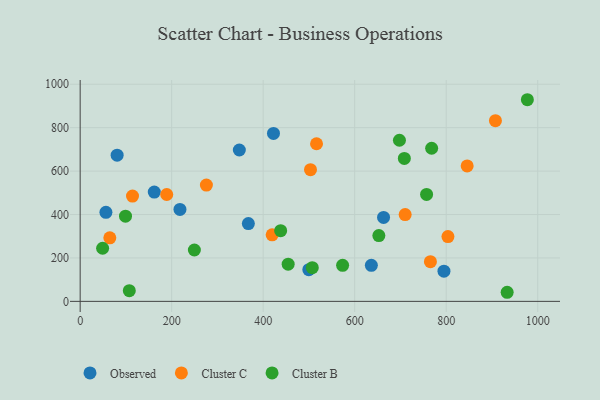
{"axis": {"x": "Speed", "y": "Profit"}, "legend": ["Cluster B", "Cluster C", "Observed"], "data": [{"x": "795.1", "y": 139.0, "type": "Observed"}, {"x": "499.7", "y": 145.8, "type": "Observed"}, {"x": "347.9", "y": 697.1, "type": "Observed"}, {"x": "56.3", "y": 410.1, "type": "Observed"}, {"x": "422.5", "y": 773.7, "type": "Observed"}, {"x": "367.6", "y": 358.2, "type": "Observed"}, {"x": "636.4", "y": 166.0, "type": "Observed"}, {"x": "218.1", "y": 423.6, "type": "Observed"}, {"x": "80.8", "y": 673.5, "type": "Observed"}, {"x": "663.1", "y": 386.8, "type": "Observed"}, {"x": "162.0", "y": 503.5, "type": "Observed"}, {"x": "845.8", "y": 624.0, "type": "Cluster C"}, {"x": "189.2", "y": 492.3, "type": "Cluster C"}, {"x": "419.6", "y": 306.7, "type": "Cluster C"}, {"x": "275.9", "y": 535.8, "type": "Cluster C"}, {"x": "114.4", "y": 484.9, "type": "Cluster C"}, {"x": "710.3", "y": 399.6, "type": "Cluster C"}, {"x": "64.8", "y": 292.9, "type": "Cluster C"}, {"x": "516.6", "y": 726.0, "type": "Cluster C"}, {"x": "503.4", "y": 606.4, "type": "Cluster C"}, {"x": "765.5", "y": 182.8, "type": "Cluster C"}, {"x": "907.6", "y": 832.4, "type": "Cluster C"}, {"x": "803.8", "y": 298.4, "type": "Cluster C"}, {"x": "249.6", "y": 236.6, "type": "Cluster B"}, {"x": "708.5", "y": 658.2, "type": "Cluster B"}, {"x": "107.4", "y": 49.4, "type": "Cluster B"}, {"x": "977.4", "y": 928.7, "type": "Cluster B"}, {"x": "652.8", "y": 302.9, "type": "Cluster B"}, {"x": "573.6", "y": 166.1, "type": "Cluster B"}, {"x": "454.6", "y": 171.1, "type": "Cluster B"}, {"x": "99.1", "y": 392.3, "type": "Cluster B"}, {"x": "697.8", "y": 742.0, "type": "Cluster B"}, {"x": "49.1", "y": 244.7, "type": "Cluster B"}, {"x": "438.2", "y": 325.4, "type": "Cluster B"}, {"x": "768.2", "y": 705.2, "type": "Cluster B"}, {"x": "507.3", "y": 155.4, "type": "Cluster B"}, {"x": "933.2", "y": 41.9, "type": "Cluster B"}, {"x": "757.1", "y": 492.6, "type": "Cluster B"}]}